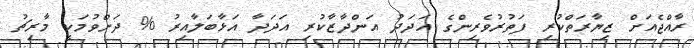
ރާއްޖެއަށް ޒިޔާރަތްކުރި ފަތުރުވެރިންގެ އަދަދު އަންދާޒާކުރި އަދަދާ އަޅާބަލާއިރު % ދަށްވުމަކީ މާރިޗު